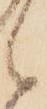
候